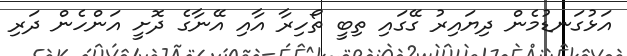
އަޅުގަނޑުމެން ދިޔައިރު ގޭގައި ތިބީ ތޯހިރާ އާއި އޭނާގެ ދޮށީ އަންހެން ދަރި